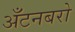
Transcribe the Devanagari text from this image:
अँटनबरो